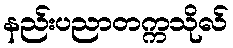
နည်းပညာတက္ကသိုလ်